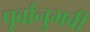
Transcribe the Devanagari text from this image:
पूर्वानुभवी